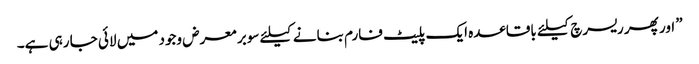
” اور پھر ریسرچ کیلئے باقاعدہ ایک پلیٹ فارم بنانے کیلئے سوبر معرض وجود میں لائی جا رہی ہے۔